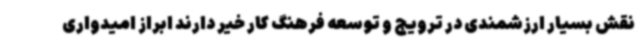
نقش بسیار ارزشمندی در ترویج و توسعه فرهنگ کار خیر دارند ابراز امیدواری